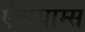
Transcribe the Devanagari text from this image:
ऐनाग्राम्स